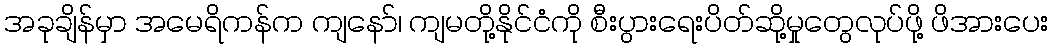
အခုချိန်မှာ အမေရိကန်က ကျနော်၊ ကျမတို့နိုင်ငံကို စီးပွားရေးပိတ်ဆို့မှုတွေလုပ်ဖို့ ဖိအားပေး